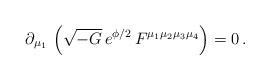
LaTeX: \begin{align*}\partial_{\mu_1}\, \left(\sqrt{-G}\, e^{\phi/2}\, F^{\mu_1 \mu_2 \mu_3 \mu_4}\right) = 0 \, .\end{align*}